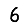
Digit: 6